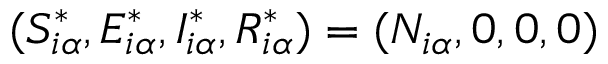
( S _ { i \alpha } ^ { * } , E _ { i \alpha } ^ { * } , I _ { i \alpha } ^ { * } , R _ { i \alpha } ^ { * } ) = ( N _ { i \alpha } , 0 , 0 , 0 )